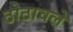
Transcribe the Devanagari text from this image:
ठोठावले